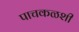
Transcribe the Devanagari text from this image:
पाचकळशी